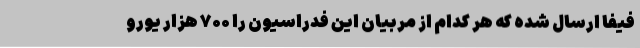
فیفا ارسال شده که هر کدام از مربیان این فدراسیون را ۷۰۰ هزار یورو